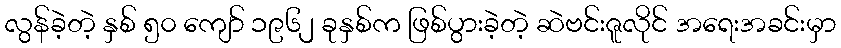
လွန်ခဲ့တဲ့ နှစ် ၅၀ ကျော် ၁၉၆၂ ခုနှစ်က ဖြစ်ပွားခဲ့တဲ့ ဆဲဗင်းဇူလိုင် အရေးအခင်းမှာ